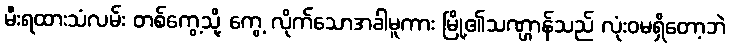
မီးရထားသံလမ်း တစ်ကွေ့သို့ ကွေ့ လိုက်သောအခါမူကား မြို့၏သဏ္ဌာန်သည် လုံးဝမရှိတော့ဘဲ